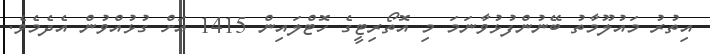
އިތުރު މައުލޫމާތު ބޭނުންފުޅުވާނަމަ މި އޮތޯރިޓީގެ ހޮޓްލައިން 1415 އަށް ގުޅުއްވުން އެދެމެވެ.